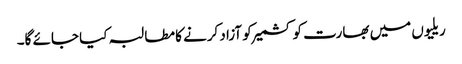
ریلیوں میں بھارت کو کشمیر کو آزاد کرنے کا مطالبہ کیا جائے گا۔